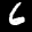
Label: 6